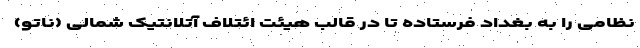
نظامی را به بغداد فرستاده تا در قالب هیئت ائتلاف آتلانتیک شمالی (ناتو)